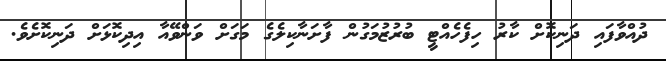
ދުއްވާފައި ދަނިކޮށް ކާރު ހިފެހެއްޓީ ބުރުޒުމަގުން ފާށަނާކިލެގެ މަގަށް ވަންވޭއާ އިދިކޮޅަށް ދަނިކޮށެވެ.